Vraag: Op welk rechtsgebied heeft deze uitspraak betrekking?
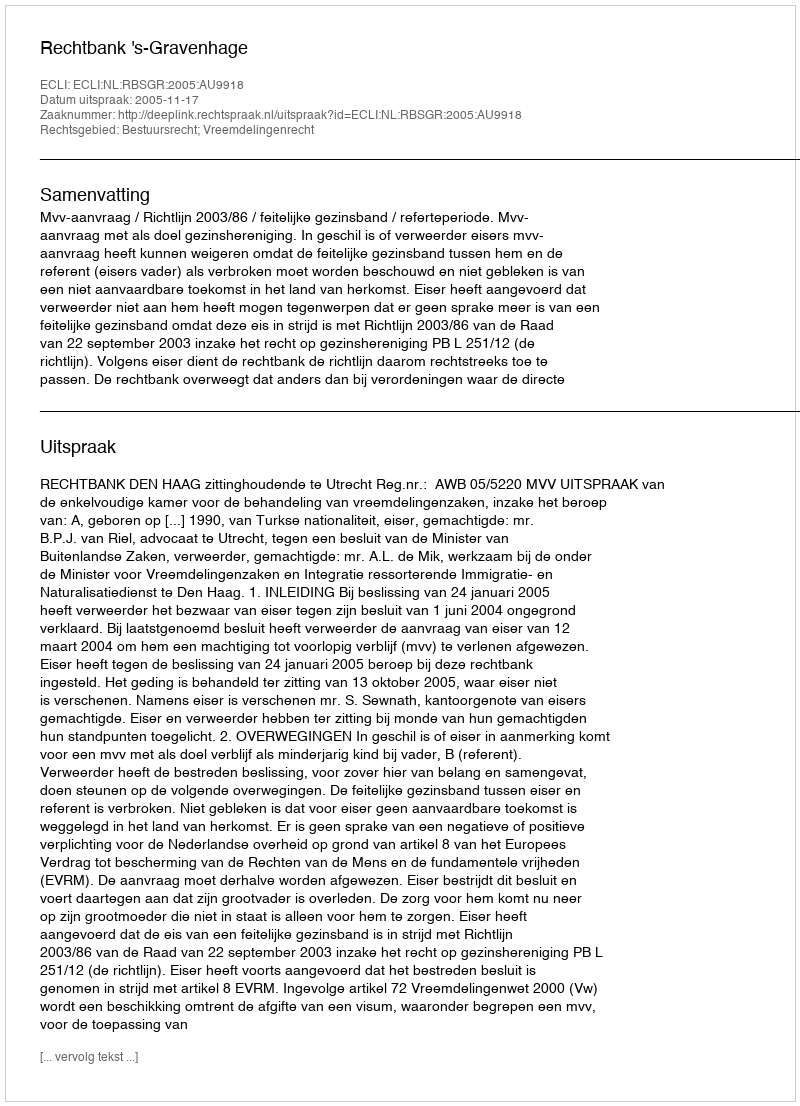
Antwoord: Bestuursrecht; Vreemdelingenrecht